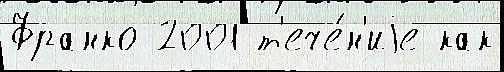
Франко 2001 т'ече́н'иjе как